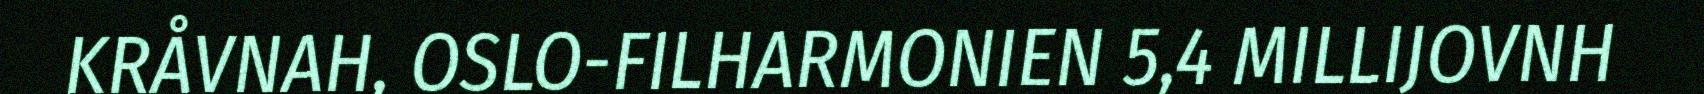
KRÅVNAH, OSLO-FILHARMONIEN 5,4 MILLIJOVNH